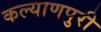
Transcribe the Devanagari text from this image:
कल्याणपुरी